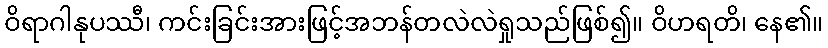
ဝိရာဂါနုပဿီ၊ ကင်းခြင်းအားဖြင့်အဘန်တလဲလဲရှုသည်ဖြစ်၍။ ဝိဟရတိ၊ နေ၏။